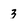
Character: 3